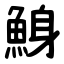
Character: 鯓